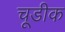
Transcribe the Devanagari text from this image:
चूडीक